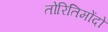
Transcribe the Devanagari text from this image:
तोरितिमोंदो